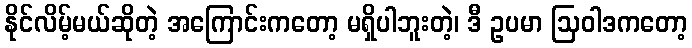
နိုင်လိမ့်မယ်ဆိုတဲ့ အကြောင်းကတော့ မရှိပါဘူးတဲ့၊ ဒီ ဥပမာ ဩဝါဒကတော့